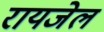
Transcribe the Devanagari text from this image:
रायजेल